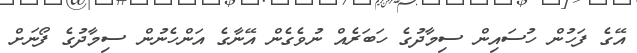
އޭގެ ފަހުން ހުސައިން ސިމާދުގެ ހަބަރެއް ނުވެގެން އޭނާގެ އަންހެނުން ސިމާދުގެ ފޯނަށް